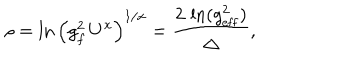
LaTeX: \rho = \ln \left( g _ { f } ^ { 2 } \, U ^ { x } \right) ^ { 1 / x } = { \frac { 2 \, \ln ( g _ { \mathrm { e f f } } ^ { 2 } ) } { \Delta } } ,